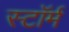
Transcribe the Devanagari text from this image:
स्टाॅर्म